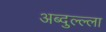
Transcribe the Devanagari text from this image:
अब्दुल्ल्ला